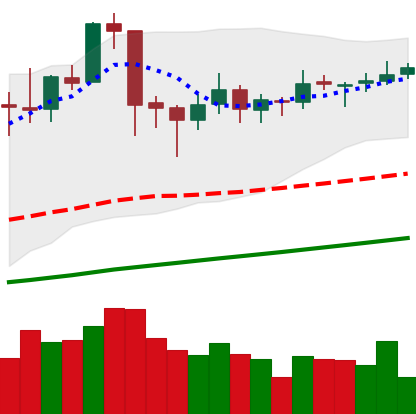
Ticker: ETC-USD
Chart end date: 2019-06-17
Forward return: 3.809%
Label: up_3_5